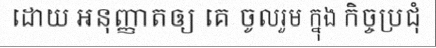
ដោយ អនុញ្ញាតឲ្យ គេ ចូលរួម ក្នុង កិច្ចប្រជុំ